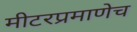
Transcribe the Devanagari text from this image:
मीटरप्रमाणेच